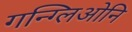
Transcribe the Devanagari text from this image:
गन्ग्लिओनि